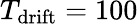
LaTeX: T_{\mathrm{drift}}=100